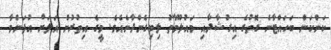
ކަންކަން ބަހައްޓާނެ ގޮތުގެ އިރުޝާދާއި މައުލޫމާތު ލިބިގެންދާނެއެވެ. މީގެ އިތުރުން އަލަށް އުފަންވާ